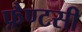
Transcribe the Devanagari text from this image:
फ़ैण्टसी